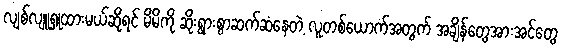
လျစ်လျူရှုထားမယ်ဆိုရင် မိမိကို ဆိုးရွားစွာဆက်ဆံနေတဲ့ လူတစ်ယောက်အတွက် အချိန်တွေအားအင်တွေ